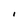
Character: I